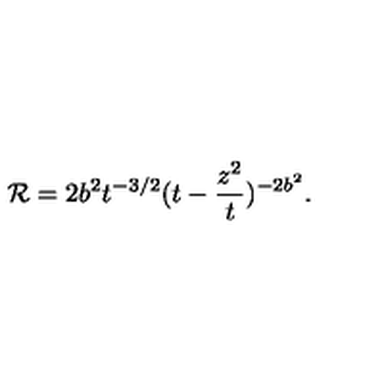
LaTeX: { \cal R } = 2 b ^ { 2 } t ^ { - 3 / 2 } ( t - \frac { z ^ { 2 } } { t } ) ^ { - 2 b ^ { 2 } } .